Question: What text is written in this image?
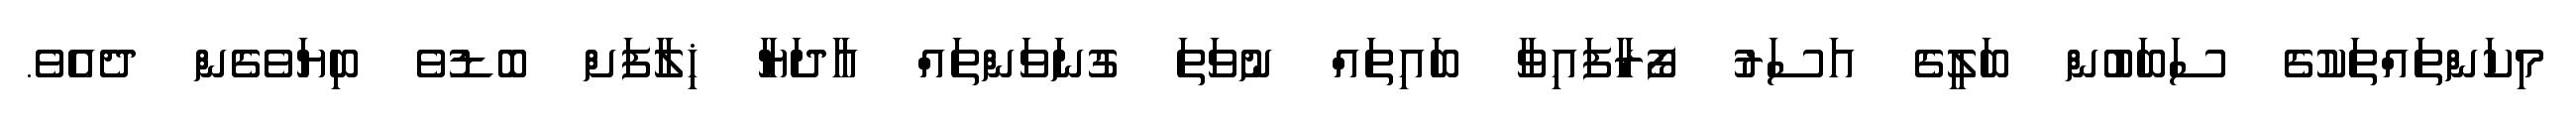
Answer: މިކަންތައްތަކުގެ ސަބަބުން ބަލީގެ އަސަރު ފޯރާފައިވާ ބައިތައް ނުވަތަ ގުނަވަންތައް އާދަޔާ ޚިލާފަށް ބޮޑުވެ ބިޔަވެގެން ދެއެވެ.